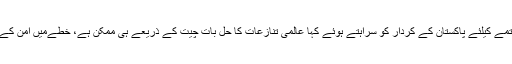
ملیشین وزیراعظم نے کشیدگی کے خاتمے کیلئے پاکستان کے کردار کو سراہتے ہوئے کہا عالمی تنازعات کا حل بات چیت کے ذریعے ہی ممکن ہے، خطےمیں امن کےلیے فریقین کو محتاط رویہ اپنانا ہوگا۔